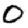
Digit: 0